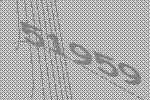
51959